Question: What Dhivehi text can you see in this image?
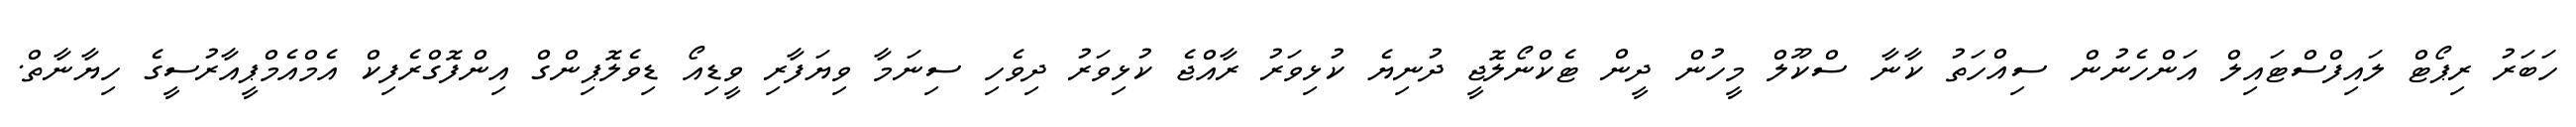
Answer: ހަބަރު ރިޕޯޓް ލައިފްސްޓައިލް އަންހެނުން ސިއްހަތު ކާނާ ސްކޫލް މީހުން ދީން ޓެކްނޯލޮޖީ ދުނިޔެ ކުޅިވަރު ރާއްޖެ ކުޅިވަރު ދިވެހި ސިނަމާ ވިޔަފާރި ވީޑިއޯ ޑިވެލޮޕިންގް އިންފޮގްރެފިކް އެމްއެމްޕީއާރުސީގެ ހިޔާނާތް.